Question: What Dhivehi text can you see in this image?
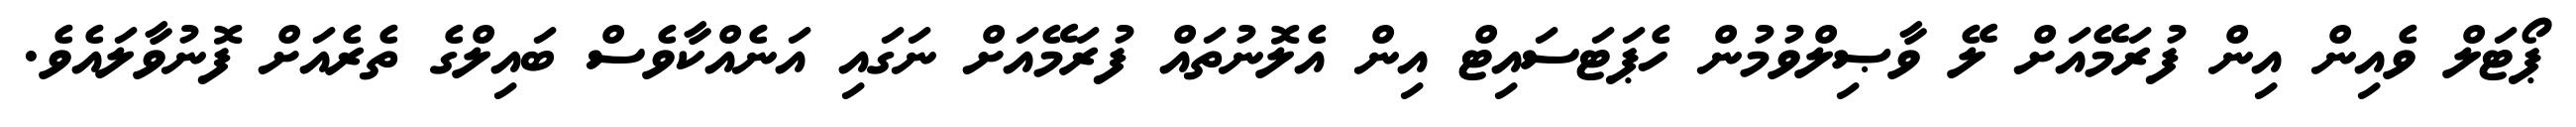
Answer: ޕޯޓަލް ވެއިން އިން ފުރަމޭއަށް ލޭ ވާޞިލްވުމުން ހެޕަޓަސައިޓް އިން އެލޮނުތައް ފުރަމޭއަށް ނަގައި އަނެއްކާވެސް ބައިލްގެ ތެރެއަށް ފޮނުވާލައެވެ.